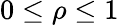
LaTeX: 0\leq\rho\leq 1